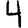
Digit: 4